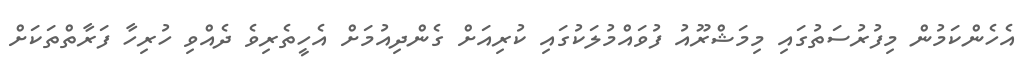
އެހެންކަމުން މިފުރުސަތުގައި މިމަޝްރޫއު ފުވައްމުލަކުގައި ކުރިއަށް ގެންދިއުމަށް އެހީތެރިވެ ދެއްވި ހުރިހާ ފަރާތްތަކަށް